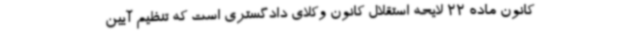
کانون ماده 22 لایحه استقلال کانون وکلای دادگستری است که تنظیم آیین